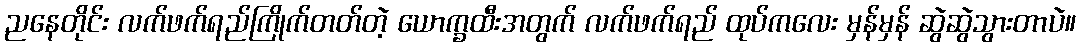
ညနေတိုင်း လက်ဖက်ရည်ကြိုက်တတ်တဲ့ ယောက္ခထီးအတွက် လက်ဖက်ရည် ထုပ်ကလေး မှန်မှန် ဆွဲဆွဲသွားတာပဲ။